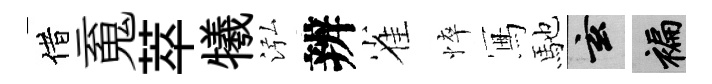
借䰟萃犧泓辨雀悴冩馳玄褊